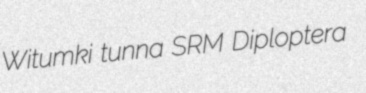
Witumki tunna SRM Diploptera